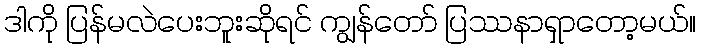
ဒါကို ပြန်မလဲပေးဘူးဆိုရင် ကျွန်တော် ပြဿနာရှာတော့မယ်။